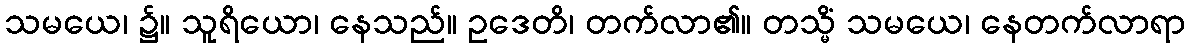
သမယေ၊ ၌။ သူရိယော၊ နေသည်။ ဥဒေတိ၊ တက်လာ၏။ တသ္မိံ သမယေ၊ နေတက်လာရာ